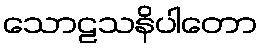
သောဠသနိပါတော